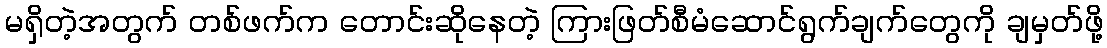
မရှိတဲ့အတွက် တစ်ဖက်က တောင်းဆိုနေတဲ့ ကြားဖြတ်စီမံဆောင်ရွက်ချက်တွေကို ချမှတ်ဖို့